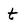
Character: t